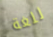
للغة